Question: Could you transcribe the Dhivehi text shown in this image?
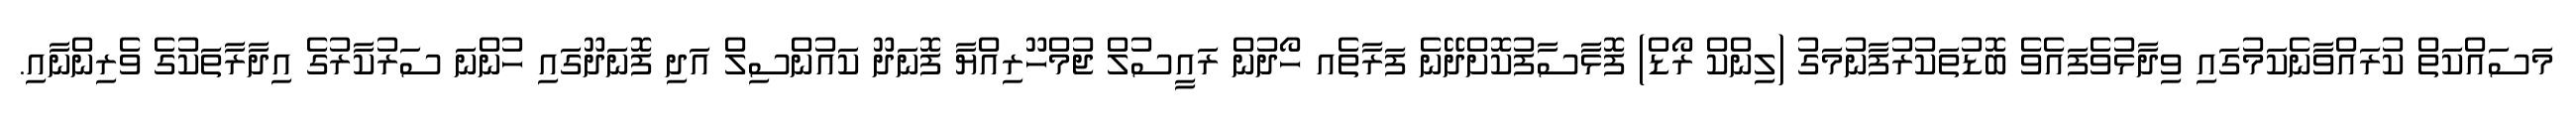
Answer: މަސައްކަތް ކުރައްވާނެކަމުގައި ވިދާޅުވެފައެވެ ބޮޑުތަކުރުފާނުމަގު (ލިންކް ރޯޑް) ފޮޅާސާފުކޮށްދޭނެ ފަރާތެއ ހޯދުން ރައީސުލް ޖުމްހޫރިއްޔާ ފޮނަދޫ ކައުންސިލް އަދި ފޮނަދޫގައި ހުންނަ ސަރުކާރުގެ އިދާރާތަކުގެ ވެރިންނާއި.